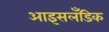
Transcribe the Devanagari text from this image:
आइसलॅंडिक